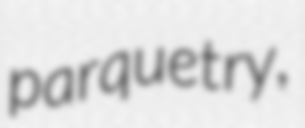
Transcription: parquetry,